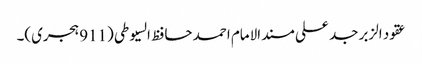
عقود الزبر جد علی مسند الامام احمد حافظ السیوطی (911 ہجری)۔